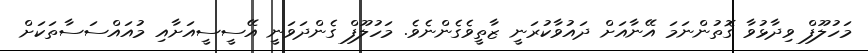
މަހުލޫފް ވިދާޅުވާ ގޮތުންނަމަ އޭނާއަށް ދައުވާކުރަނީ ޒާތީވެގެންނެވެ. މަހުލޫފް ގެންދަވަނީ އޭސީސީއަށާއި މުއައްސަސާތަކަށް